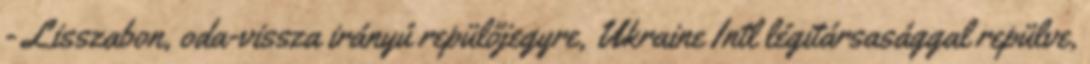
- Lisszabon, oda-vissza irányú repülőjegyre, Ukraine Intl légitársasággal repülve,